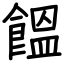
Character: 饂